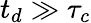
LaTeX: t_{d}\gg\tau_{c}